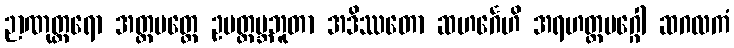
ဉာဏုတ္တရော အတ္ထမတ္တေ ဥပတ္ထမ္ဘဘူတာ အဒိဿတော ဆဟင်္ဂေဟိ အရဟတ္တမဂ္ဂေါ ဆဂလကံ